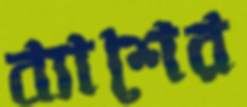
ব্যাশের